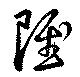
雖